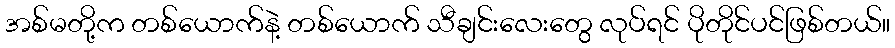
အစ်မတို့က တစ်ယောက်နဲ့ တစ်ယောက် သီချင်းလေးတွေ လုပ်ရင် ပိုတိုင်ပင်ဖြစ်တယ်။